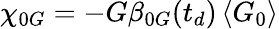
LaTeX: \chi_{0G}=-G\beta_{0G}(t_{d})\left\langle G_{0}\right\rangle